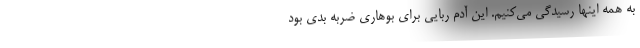
به همه اینها رسیدگی می‌کنیم. این آدم ربایی برای بوهاری ضربه بدی بود